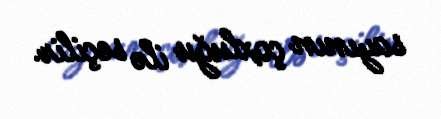
sayının çoxluğu ilə seçilir.